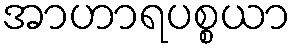
အာဟာရပစ္စယာ